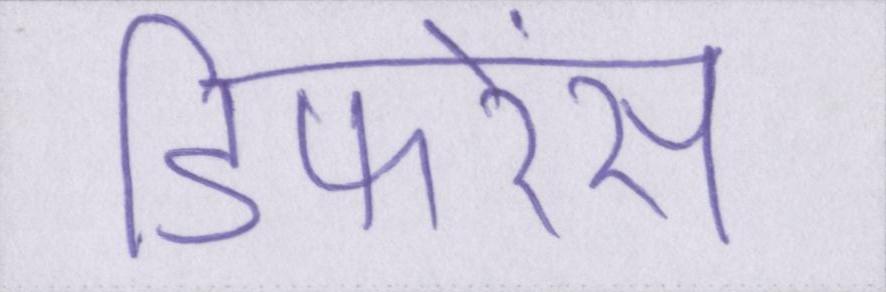
डिफरेंस